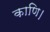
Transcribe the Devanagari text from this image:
काणि।